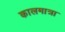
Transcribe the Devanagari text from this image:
कालमात्रा